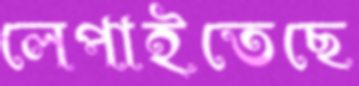
লেপাইতেছে